Document type: Sale
Year: 1326
Scribe: Bartomeu Marc
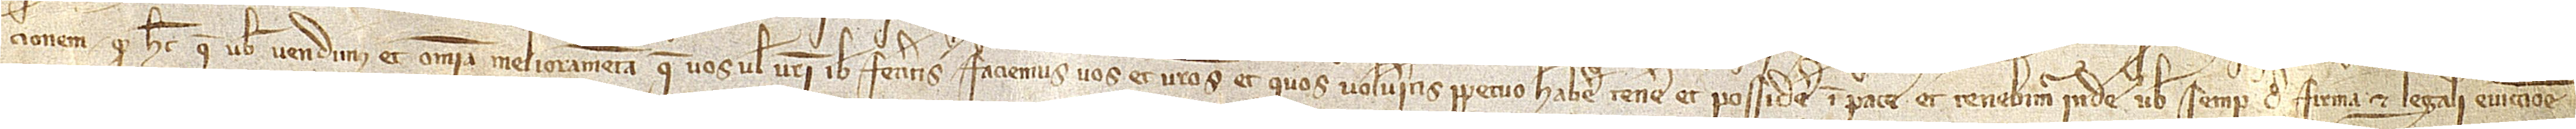
cionem quod hec que vobis vendimus et omnia melioramenta que vos vel vestri ibi feceritis faciemus vos et vestros et quos volueritis perpetuo habere, tenere et possidere in pace, et tenebimur inde vobis semper de firma et legali eviccione